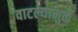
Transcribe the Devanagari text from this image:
वाटल्यामुळें